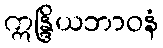
ဣန္ဒြိယဘာဝနံ